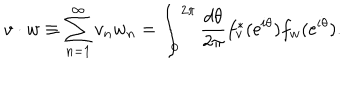
v \cdot w \equiv \sum _ { n = 1 } ^ { \infty } v _ { n } w _ { n } = \int _ { 0 } ^ { 2 \pi } { \frac { d \theta } { 2 \pi } } f _ { v } ^ { * } ( \mathrm { e } ^ { i \theta } ) f _ { w } ( \mathrm { e } ^ { i \theta } ) .